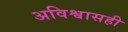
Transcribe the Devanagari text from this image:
अविश्वासही